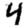
Digit: 4